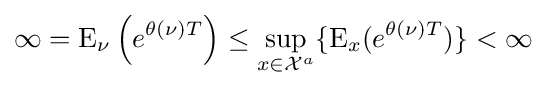
\infty =\operatorname {E} _{\nu }\left(e^{\theta (\nu )T}\right)\leq \sup _{x\in {\mathcal {X}}^{a}}\{\operatorname {E} _{x}(e^{\theta (\nu )T})\}<\infty